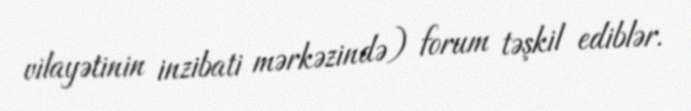
vilayətinin inzibati mərkəzində) forum təşkil ediblər.